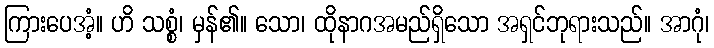
ကြားပေအံ့။ ဟိ သစ္စံ၊ မှန်၏။ သော၊ ထိုနာဂအမည်ရှိသော အရှင်ဘုရားသည်။ အာဂုံ၊